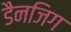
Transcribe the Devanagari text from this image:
डैनजिग